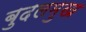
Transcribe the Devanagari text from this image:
बुदलमुख